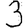
Digit: 3